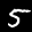
Label: 5